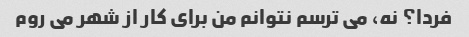
فردا؟ نه، می ترسم نتوانم من برای کار از شهر می روم